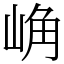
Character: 崅